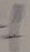
Text: f